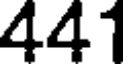
441